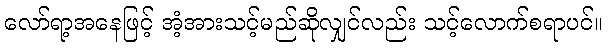
လော်ရာ့အနေဖြင့် အံ့အားသင့်မည်ဆိုလျှင်လည်း သင့်လောက်စရာပင်။